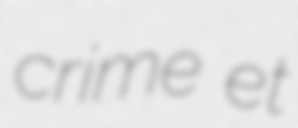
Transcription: crime et